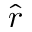
\hat { r }